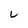
Character: u